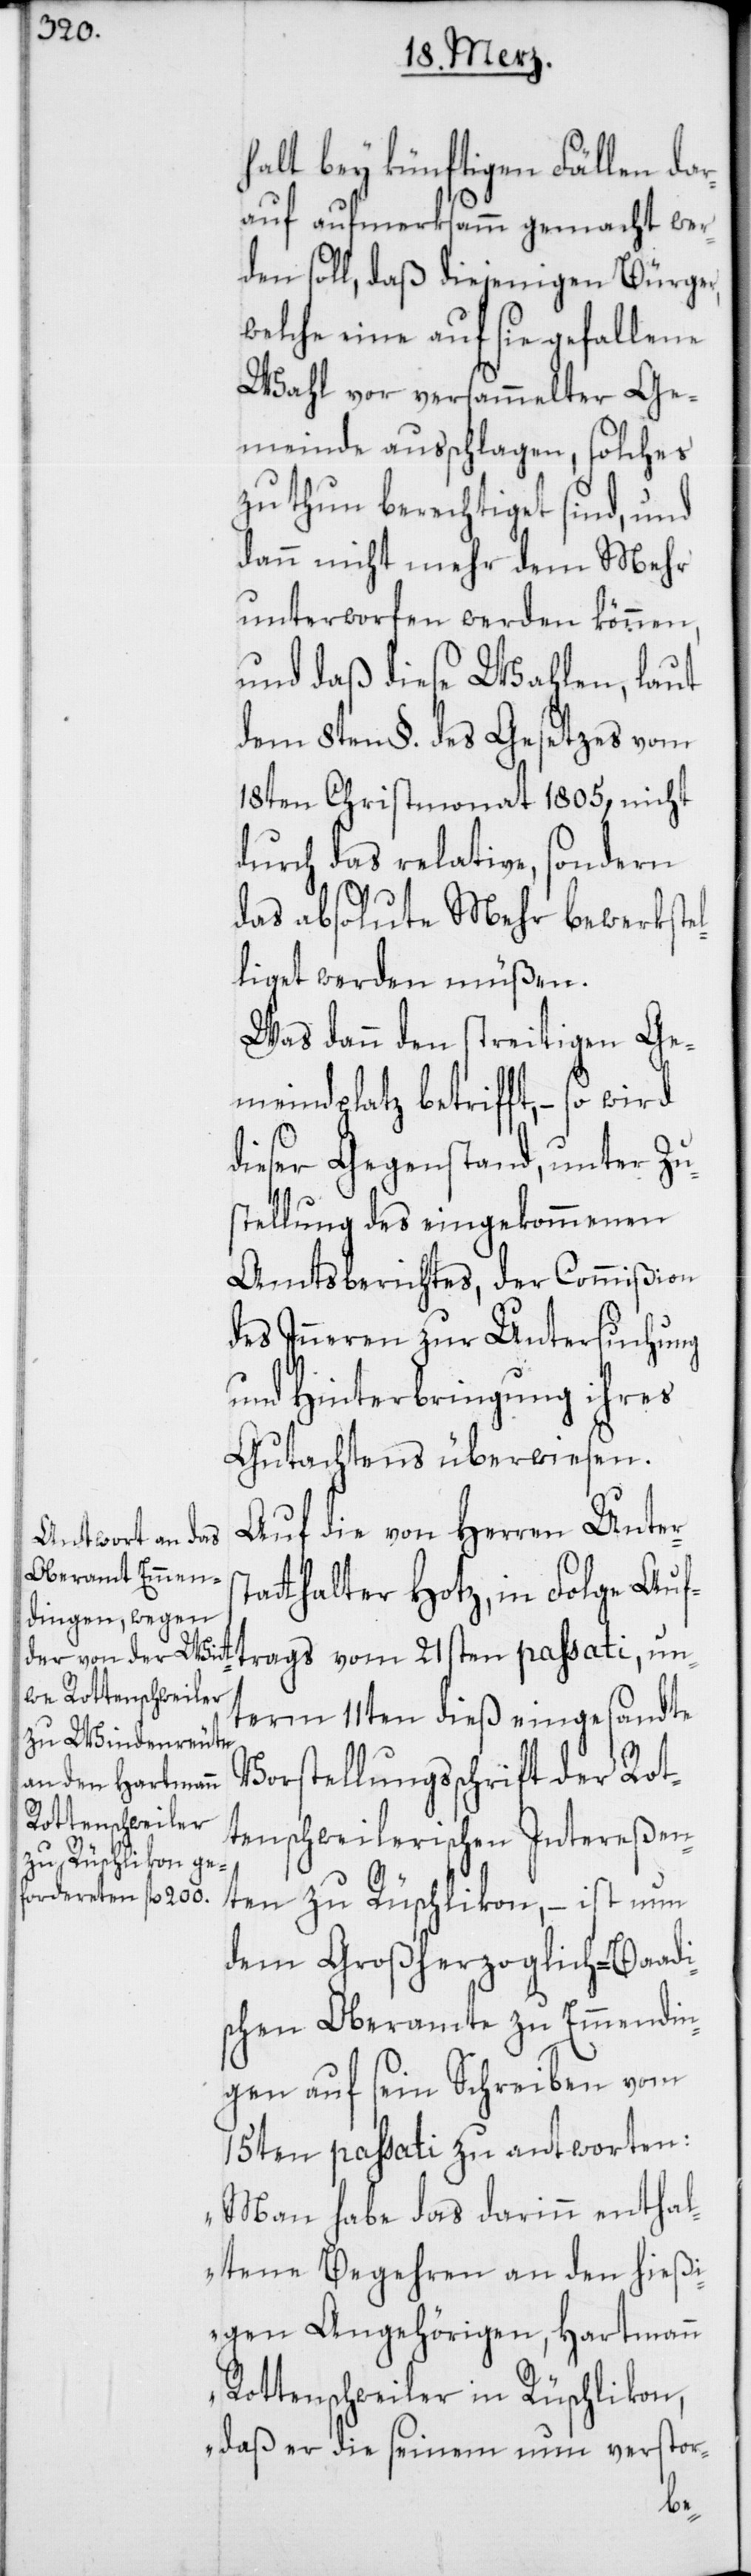
halt bey künftigen Fällen dar¬
auf aufmerksamm gemacht wer¬
den soll, daß diejenigen Bürger,
welche eine auf sie gefallene
Wahl vor versammelter Ge¬
meinde ausschlagen, solches
zu thun berechtiget sind, und
dann nicht mehr dem Mehr
unterworfen werden können,
und daß diese Wahlen, laut
dem 8ten §. des Gesetzes vom
18ten Christmonat 1805, nicht
durch das relative, sondern
das absolute Mehr bewerkste¬
liget werden müßen.
Was dann den streitigen Ge¬
meindplatz betrifft, – so wird
dieser Gegenstand, unter Zu¬
stellung des eingekommenen
Amtsberichtes, der Commißion
des Inneren zur Untersuchung
und Hinterbringung ihres
Gutachtens überwiesen.
Auf die von Herren Unter¬
tatthalter Hotz, in Folge Auf¬
trags vom 21sten passati, un¬
term 11ten dieß eingesandte
Vorstellungsschrift der Rot¬
tenschweilerischen Intereßen¬
ten zu Rüschlikon, – ist nun
dem Großherzoglich-Baadi¬
schen Oberamte zu Emmendin¬
gen auf sein Schreiben vom
15ten passati zu antworten:
„Man habe das darinn enthal¬
tene Begehren an den hießi¬
gen Angehörigen, Hartmann
Rottenschweiler in Rüschlikon,
daß er die seinem nun verstor-
s¬